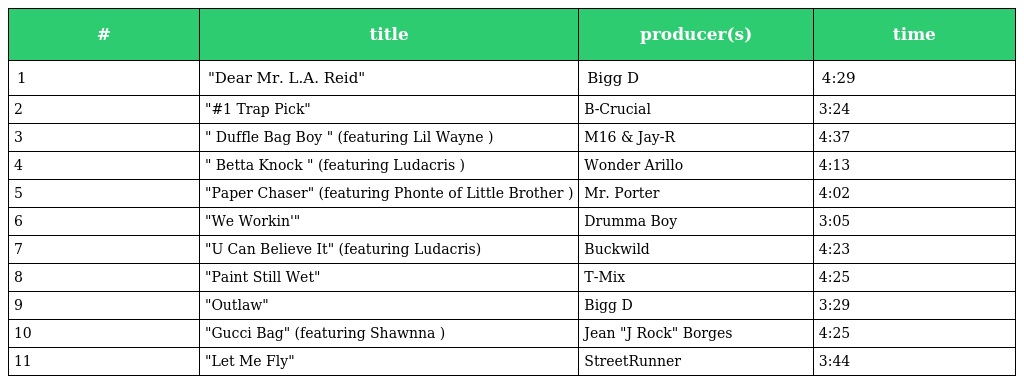
| # | title | producer(s) | time |
 | --- | --- | --- | --- |
 | 1 | "Dear Mr. L.A. Reid" | Bigg D | 4:29 |
 | 2 | "#1 Trap Pick" | B-Crucial | 3:24 |
 | 3 | " Duffle Bag Boy " (featuring Lil Wayne ) | M16 & Jay-R | 4:37 |
 | 4 | " Betta Knock " (featuring Ludacris ) | Wonder Arillo | 4:13 |
 | 5 | "Paper Chaser" (featuring Phonte of Little Brother ) | Mr. Porter | 4:02 |
 | 6 | "We Workin'" | Drumma Boy | 3:05 |
 | 7 | "U Can Believe It" (featuring Ludacris) | Buckwild | 4:23 |
 | 8 | "Paint Still Wet" | T-Mix | 4:25 |
 | 9 | "Outlaw" | Bigg D | 3:29 |
 | 10 | "Gucci Bag" (featuring Shawnna ) | Jean "J Rock" Borges | 4:25 |
 | 11 | "Let Me Fly" | StreetRunner | 3:44 |